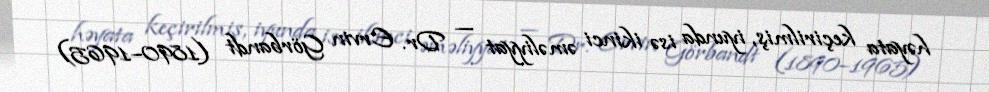
həyata keçirilmiş, iyunda isə ikinci əməliyyat — Dr. Ervin Görbandt (1890–1965)